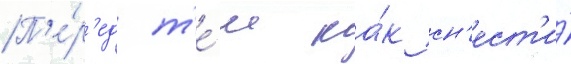
П'е́р'ед т'е́м ка́к сн'ест'и́